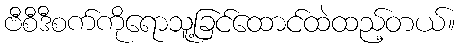
ဗီစီဒီစက်ကိုရောသူ့ခြင်ထောင်ထဲထည့်တယ်။